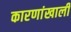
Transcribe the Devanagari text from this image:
कारणांखाली